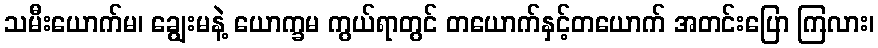
သမီးယောက်မ၊ ချွေးမနဲ့ ယောက္ခမ ကွယ်ရာတွင် တယောက်နှင့်တယောက် အတင်းပြော ကြလား၊